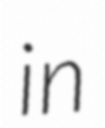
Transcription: in